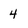
Character: 4